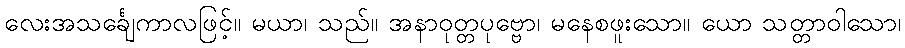
လေးအသင်္ချေကာလဖြင့်။ မယာ၊ သည်။ အနာဝုတ္တပုဗ္ဗော၊ မနေစဖူးသော။ ယော သတ္တာဝါသော၊